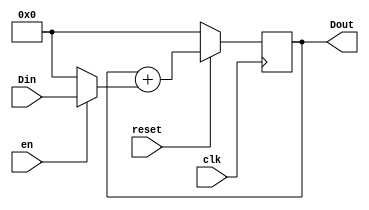
module Accreg16(Din,en,reset,clk,Dout);
input[15:0] Din;
input en,reset,clk;
output[15:0] Dout;
reg[15:0] Dout;
wire[15:0] nDout,A;

assign A=(en)?Din:16'd0;
assign nDout=(reset)?Dout+A:16'd0;

always @(posedge clk)
  Dout<=nDout;

endmodule